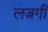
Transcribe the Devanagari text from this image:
लज़गी